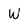
Character: W